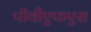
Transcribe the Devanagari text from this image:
पीवीएफएस